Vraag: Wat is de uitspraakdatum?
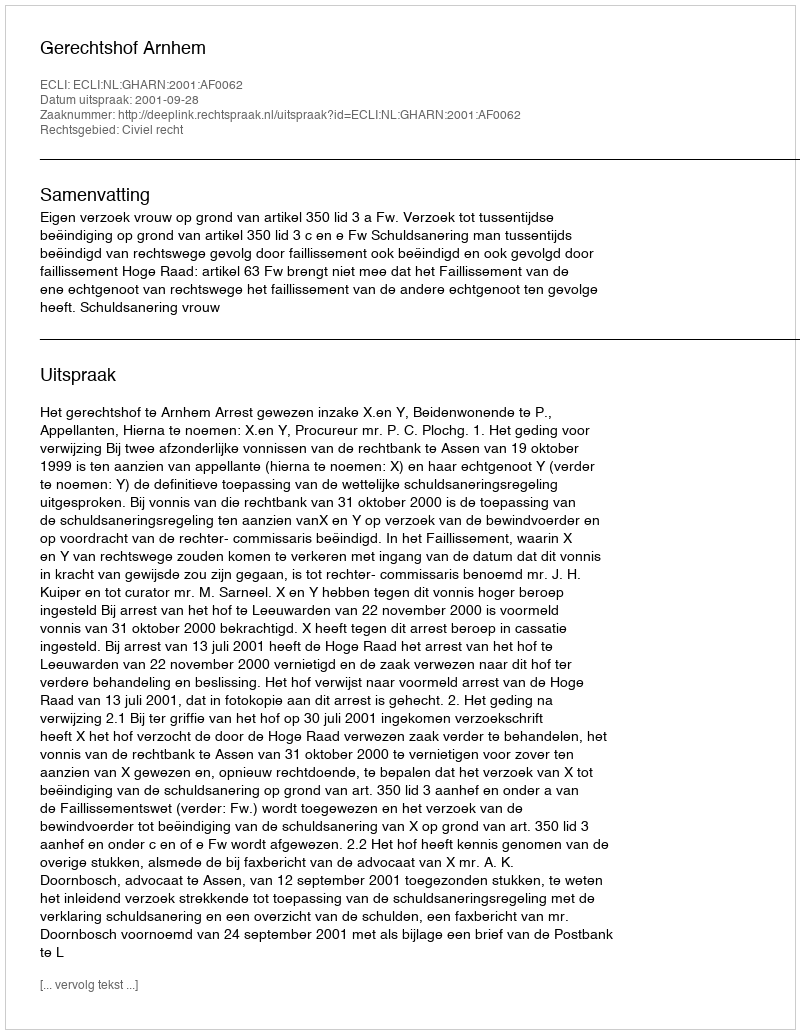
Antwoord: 2001-09-28